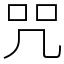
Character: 咒